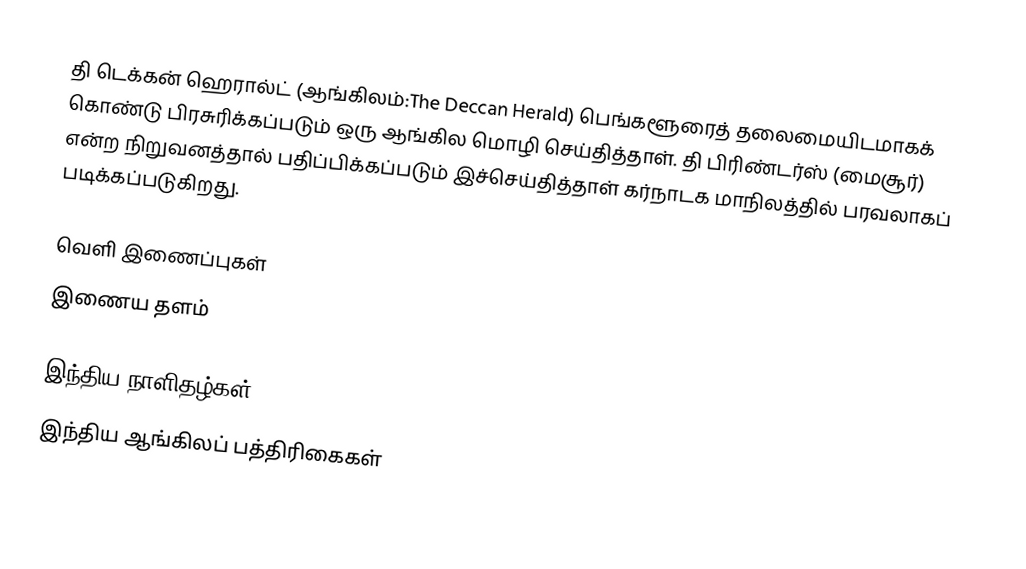
தி டெக்கன் ஹெரால்ட் (ஆங்கிலம்:The Deccan Herald) பெங்களூரைத் தலைமையிடமாகக் கொண்டு பிரசுரிக்கப்படும் ஒரு ஆங்கில மொழி செய்தித்தாள். தி பிரிண்டர்ஸ் (மைசூர்) என்ற நிறுவனத்தால் பதிப்பிக்கப்படும் இச்செய்தித்தாள் கர்நாடக மாநிலத்தில் பரவலாகப் படிக்கப்படுகிறது.

வெளி இணைப்புகள்
  இணைய தளம்

இந்திய நாளிதழ்கள்
இந்திய ஆங்கிலப் பத்திரிகைகள்